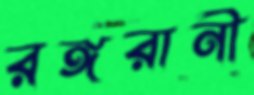
রঙ্গরানী